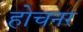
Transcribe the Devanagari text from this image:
होचनर